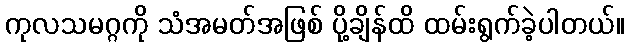
ကုလသမဂ္ဂကို သံအမတ်အဖြစ် ပို့ချိန်ထိ ထမ်းရွက်ခဲ့ပါတယ်။